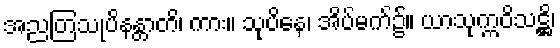
အညတြသုပိနန္တာတိ၊ ကား။ သုပိနေ၊ အိပ်မက်၌။ ယာသုက္ကဝိသဋ္ဌိ၊